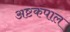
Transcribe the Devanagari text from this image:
अष्टकपाल